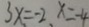
3 x = - 2 , x = - 4